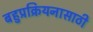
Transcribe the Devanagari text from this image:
बहुप्रक्रियनासाठी